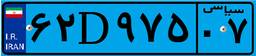
۹۱D۲۱۹۸۱